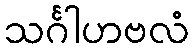
သင်္ဂါဟဗလံ